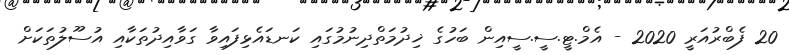
20 ފެބްރުއަރީ 2020 - އެމް.ޓީ.ސީ.ސީއިން ބަހުގެ ޚިދުމަތްދިނުމުގައި ކަނޑައެޅިފައިވާ ގަވާއިދުތަކާއި އުސޫލުތަކަށް